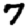
Digit: 7